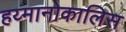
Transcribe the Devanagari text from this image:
हय्मानोकालिस